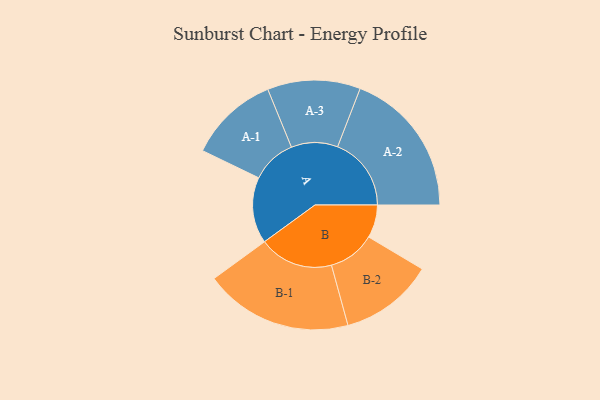
{"axis": {"x": "Segment", "y": "Value"}, "legend": ["", "A", "B"], "data": [{"x": "A", "y": 265, "type": ""}, {"x": "B", "y": 132, "type": ""}, {"x": "A-1", "y": 180, "type": "A"}, {"x": "A-2", "y": 295, "type": "A"}, {"x": "A-3", "y": 186, "type": "A"}, {"x": "B-1", "y": 297, "type": "B"}, {"x": "B-2", "y": 188, "type": "B"}]}